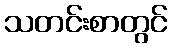
သတင်းစာတွင်